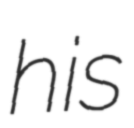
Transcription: his